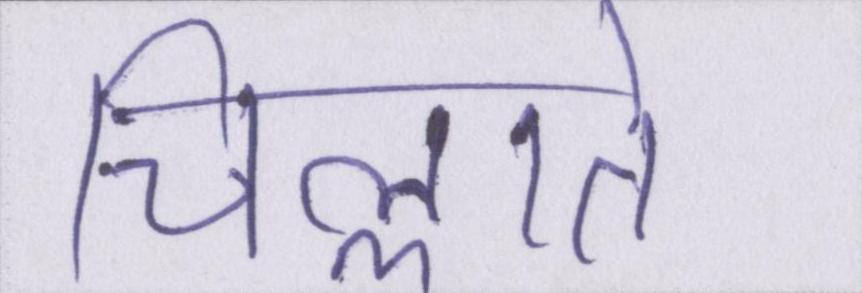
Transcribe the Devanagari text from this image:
चिल्लाते